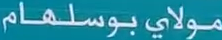
مولايبوسلهام